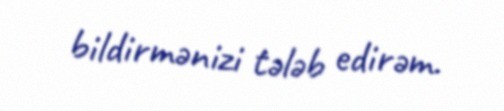
bildirmənizi tələb edirəm.